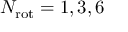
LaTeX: N _ { \mathrm { r o t } } = 1 , 3 , 6